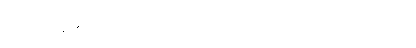
သော်တာစိန် ၏ စကား မဆုံးမီ ကိုထွန်းအောင် မျက်ထောင့် ကြီး နီ လာသည် ။